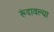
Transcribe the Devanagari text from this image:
रूंदावल्या